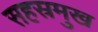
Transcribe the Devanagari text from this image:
सहस्रमुख